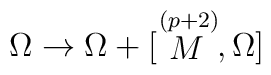
\Omega \rightarrow \Omega + [ {\raise0pt \hbox{$\stackrel{(p+2)}{M}$}},\Omega ]